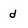
Character: d